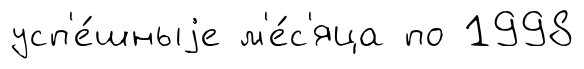
усп'е́шныjе м'е́с'яца по 1998